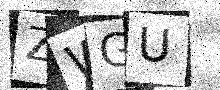
Text: ZWGU